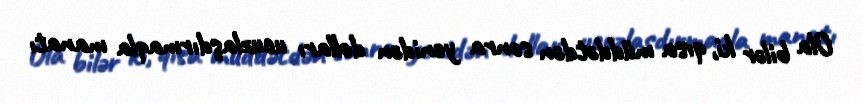
Ola bilər ki, qısa müddətdən sonra yenidən dolları ucuzlaşdırmaqla manatı